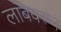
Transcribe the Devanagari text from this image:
लांबवरुन